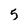
Character: 5